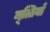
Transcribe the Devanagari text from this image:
मूत्तियाँ